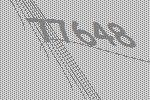
77648